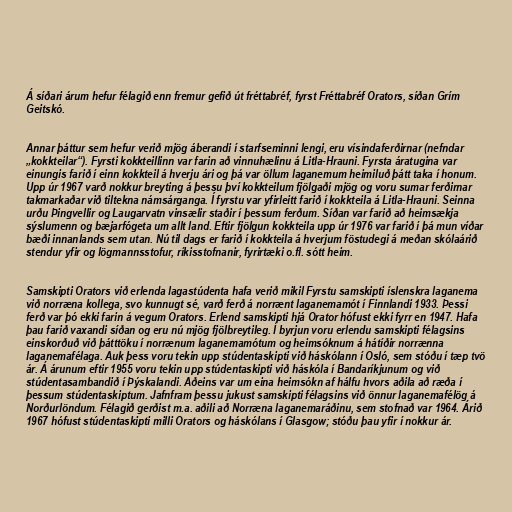
Á síðari árum hefur félagið enn fremur gefið út fréttabréf, fyrst Fréttabréf Orators, síðan Grím
Geitskó.

Annar þáttur sem hefur verið mjög áberandi í starfseminni lengi, eru vísindaferðirnar (nefndar
„kokkteilar“). Fyrsti kokkteillinn var farin að vinnuhælinu á Litla-Hrauni. Fyrsta áratugina var
einungis farið í einn kokkteil á hverju ári og þá var öllum laganemum heimiluð þátt taka í honum.
Upp úr 1967 varð nokkur breyting á þessu því kokkteilum fjölgaði mjög og voru sumar ferðirnar
takmarkaðar við tiltekna námsárganga. Í fyrstu var yfirleitt farið í kokkteila á Litla-Hrauni. Seinna
urðu Þingvellir og Laugarvatn vinsælir staðir í þessum ferðum. Síðan var farið að heimsækja
sýslumenn og bæjarfógeta um allt land. Eftir fjölgun kokkteila upp úr 1976 var farið í þá mun víðar
bæði innanlands sem utan. Nú til dags er farið í kokkteila á hverjum föstudegi á meðan skólaárið
stendur yfir og lögmannsstofur, ríkisstofnanir, fyrirtæki o.fl. sótt heim.

Samskipti Orators við erlenda lagastúdenta hafa verið mikil Fyrstu samskipti íslenskra laganema
við norræna kollega, svo kunnugt sé, varð ferð á norrænt laganemamót í Finnlandi 1933. Þessi
ferð var þó ekki farin á vegum Orators. Erlend samskipti hjá Orator hófust ekki fyrr en 1947. Hafa
þau farið vaxandi síðan og eru nú mjög fjölbreytileg. Í byrjun voru erlendu samskipti félagsins
einskorðuð við þátttöku í norrænum laganemamótum og heimsóknum á hátíðir norrænna
laganemafélaga. Auk þess voru tekin upp stúdentaskipti við háskólann í Osló, sem stóðu í tæp tvö
ár. Á árunum eftir 1955 voru tekin upp stúdentaskipti við háskóla í Bandaríkjunum og við
stúdentasambandið í Þýskalandi. Aðeins var um eina heimsókn af hálfu hvors aðila að ræða í
þessum stúdentaskiptum. Jafnfram þessu jukust samskipti félagsins við önnur laganemafélög á
Norðurlöndum. Félagið gerðist m.a. aðili að Norræna laganemaráðinu, sem stofnað var 1964. Árið
1967 hófust stúdentaskipti milli Orators og háskólans í Glasgow; stóðu þau yfir í nokkur ár.